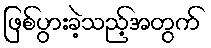
ဖြစ်ပွားခဲ့သည့်အတွက်